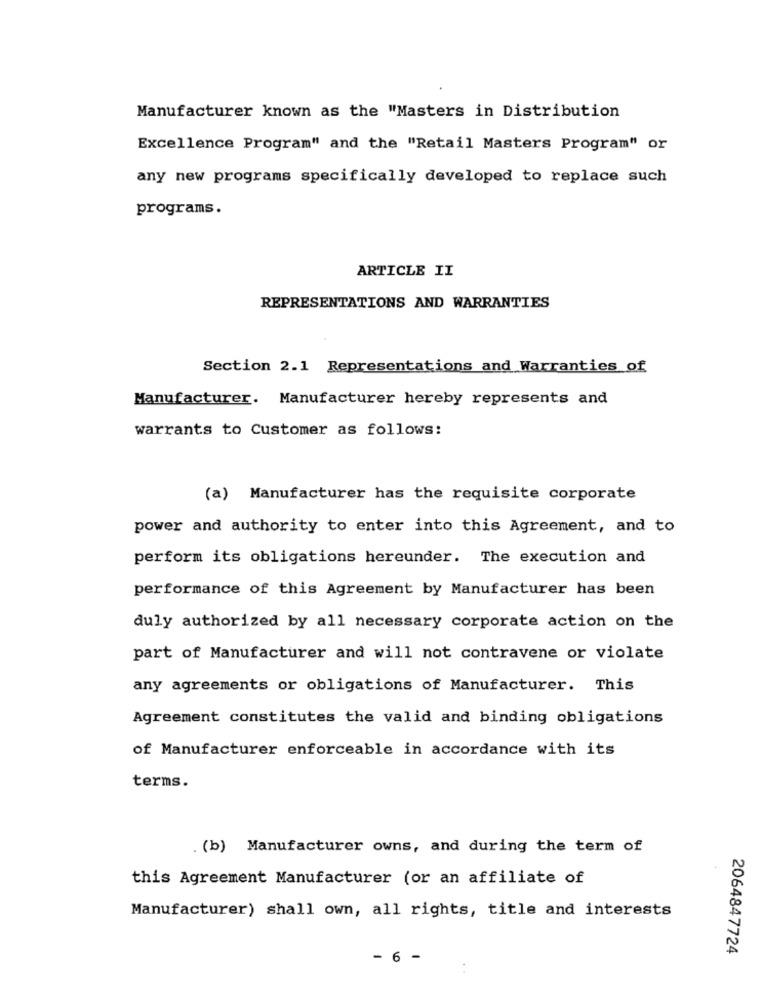
Manufacturer known as the "Masters in Distribution
Excellence Program" and the "Retail Masters Program" or
any new programs specifically developed to replace such
programs.
ARTICLE II
REPRESENTATIONS AND WARRANTIES
Section 2.1 Representations and Warranties of
Manufacturer. Manufacturer hereby represents and
warrants to Customer as follows:
(a) Manufacturer has the requisite corporate
power and authority to enter into this Agreement, and to
perform its obligations hereunder. The execution and
performance of this Agreement by Manufacturer has been
duly authorized by all necessary corporate action on the
part of Manufacturer and will not contravene or violate
any agreements or obligations of Manufacturer. This
Agreement constitutes the valid and binding obligations
of Manufacturer enforceable in accordance with its
terms.
. (b) Manufacturer owns, and during the term of
this Agreement Manufacturer (or an affiliate of
Manufacturer) shall own, all rights, title and interests
- 6 -
2064847724